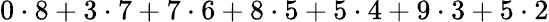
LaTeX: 0\cdot 8+3\cdot 7+7\cdot 6+8\cdot 5+5\cdot 4+9\cdot 3+5\cdot 2